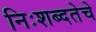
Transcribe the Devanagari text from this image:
निःशब्दतेचे